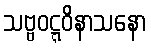
သဗ္ဗဝဋ္ဋဝိနာသနော